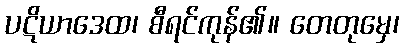
ပဋိယာဒေထ၊ စီရင်ကုန်၏။ တေတုမှေ၊